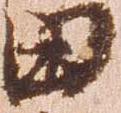
田